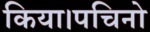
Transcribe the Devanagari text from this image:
किया।पचिनो